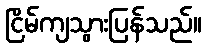
ငြိမ်ကျသွားပြန်သည်။